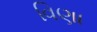
વિણા